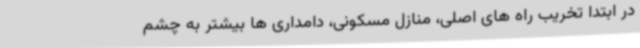
در ابتدا تخریب راه های اصلی، منازل مسکونی، دامداری ها بیشتر به چشم